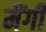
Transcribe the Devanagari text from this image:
मैंगी